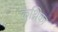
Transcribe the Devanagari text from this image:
कथ्रिका